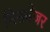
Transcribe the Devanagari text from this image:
मिसमेजर